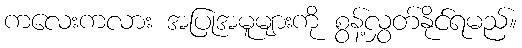
ကလေးကလား အပြုအမူများကို စွန့်လွှတ်နိုင်ရမည်။